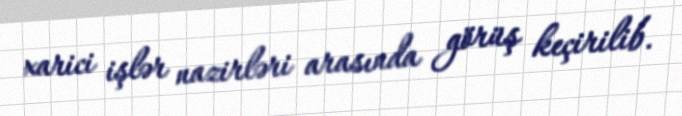
xarici işlər nazirləri arasında görüş keçirilib.